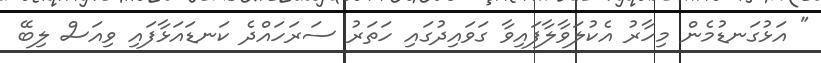
" އަޅުގަނޑުމެން މިހާރު އެކުލަވާލާފައިވާ ގަވައިދުގައި ހަތަރު ސަރަހައްދެ ކަނޑައަޅާފައި ވިއަސް ލިބޭ